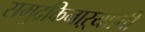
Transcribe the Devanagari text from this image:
समुद्रकिनाऱ्यााची